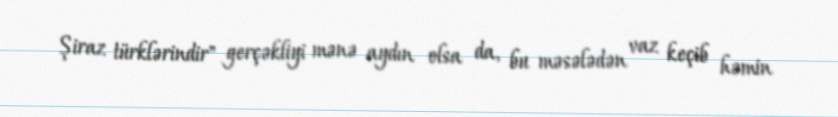
Şiraz türklərindir" gerçəkliyi mənə aydın olsa da, bu məsələdən vaz keçib həmin